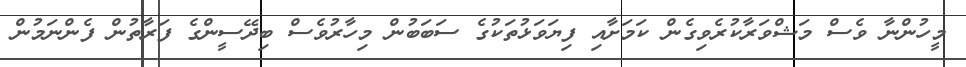
މީހުންނާ ވެސް މަޝްވަރާކުރެވިގެން ކަމަށާއި ފިޔަވަޅުތަކުގެ ސަބަބުން މިހާރުވެސް ބިދޭސީންގެ ފަރާތުން ފެންނަމުން